Papers set at the Examination for Leaving Certificates, 1893
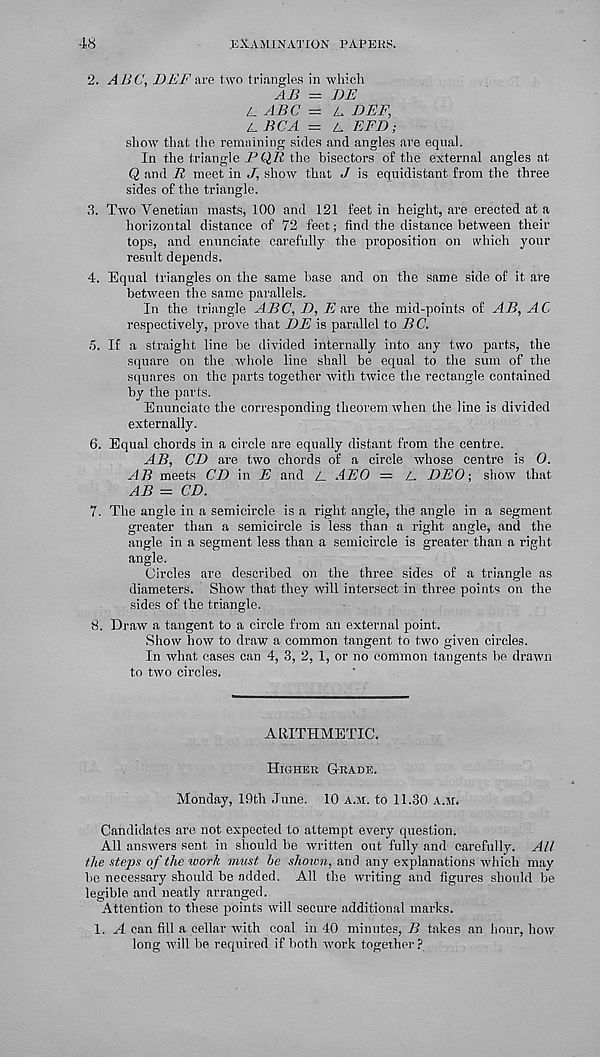
48
EXAMINATION PAPERS.
2. ABC, DEFare two triangles in which
AB - BE
A. ABC = X
Z, BCA - L EFD;
show that the remaining sides and angles are equal.
In the triangle FQR the bisectors of the external angles at
Q and I' meet in .7, show that J is equidistant from the three
sides of the triangle.
3. Two Venetian masts, 100 and 121 feet in height, are erected at a
horizontal distance of 72 feet; find the distance between their
tops, and enunciate carefully the proposition on which your
result depends.
4. Equal triangles on the same base and on the same side of it are
between the same parallels.
In the triangle ABC, D, 7? are the mid-points of AB, AC
respectively, prove that BE is parallel to B C.
5. If a straight line be divided internally into any two parts, the
square on the whole line shall be equal to the sum of the
squares on the parts together with twice the rectangle contained
by the parts.
Enunciate the corresponding theorem when the line is divided
externally.
6. Equal chords in a circle are equally distant from the centre.
AB, CB are two chords of a circle whose centre is 0.
AB meets CB in E and L. AEO — L. BEO \ show that
AB = CD.
7. The angle in a semicircle is a right angle, the angle in a segment
greater than a semicircle is less than a right angle, and the
angle in a segment less than a semicircle is greater than a right
angle.
Circles are described on the three sides of a triangle as
diameters. Show that they will intersect in three points on the
sides of the triangle.
8. Draw a tangent to a circle from an external point.
Show how to draw a common tangent to two given circles.
In what eases can 4, 3, 2, 1, or no common tangents be drawn
to two circles.
ARITHMETIC.
Higher Grade.
Monday, 19th June. 10 a.m. to 11.30 a.m.
Candidates are not expected to attempt every question.
All answers sent in should be written out fully and carefully. All
the steps of the work must be shown, and any explanations which may
be necessary should be added. All the writing and figures should be
legible and neatly arranged.
Attention to these points will secure additional marks.
1. A can fill a cellar with coal in 40 minutes, B takes an hour, how
long will be required if both work together ?